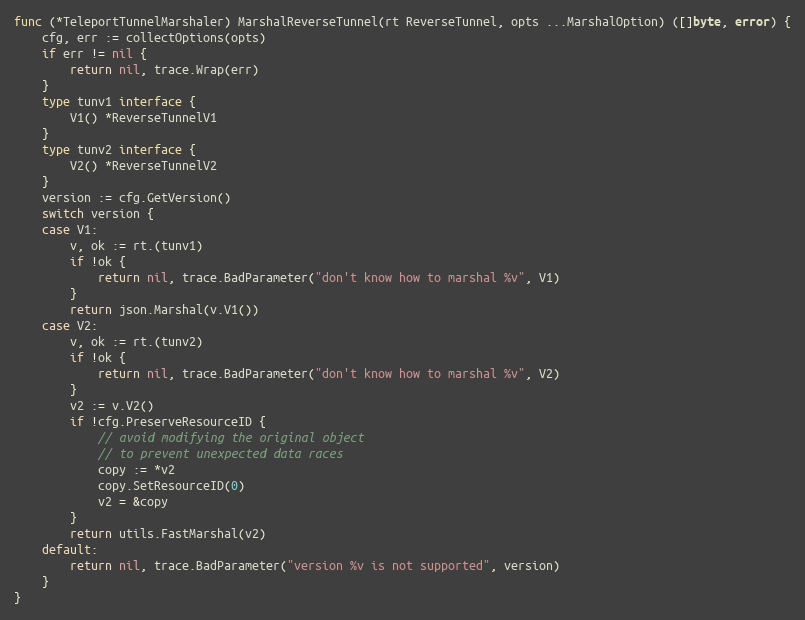
Language: Go
func (*TeleportTunnelMarshaler) MarshalReverseTunnel(rt ReverseTunnel, opts ...MarshalOption) ([]byte, error) {
	cfg, err := collectOptions(opts)
	if err != nil {
		return nil, trace.Wrap(err)
	}
	type tunv1 interface {
		V1() *ReverseTunnelV1
	}
	type tunv2 interface {
		V2() *ReverseTunnelV2
	}
	version := cfg.GetVersion()
	switch version {
	case V1:
		v, ok := rt.(tunv1)
		if !ok {
			return nil, trace.BadParameter("don't know how to marshal %v", V1)
		}
		return json.Marshal(v.V1())
	case V2:
		v, ok := rt.(tunv2)
		if !ok {
			return nil, trace.BadParameter("don't know how to marshal %v", V2)
		}
		v2 := v.V2()
		if !cfg.PreserveResourceID {
			// avoid modifying the original object
			// to prevent unexpected data races
			copy := *v2
			copy.SetResourceID(0)
			v2 = &copy
		}
		return utils.FastMarshal(v2)
	default:
		return nil, trace.BadParameter("version %v is not supported", version)
	}
}